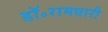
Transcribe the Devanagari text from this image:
डॉ॰रामधारी